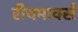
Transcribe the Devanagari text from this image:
रीचमार्क्स